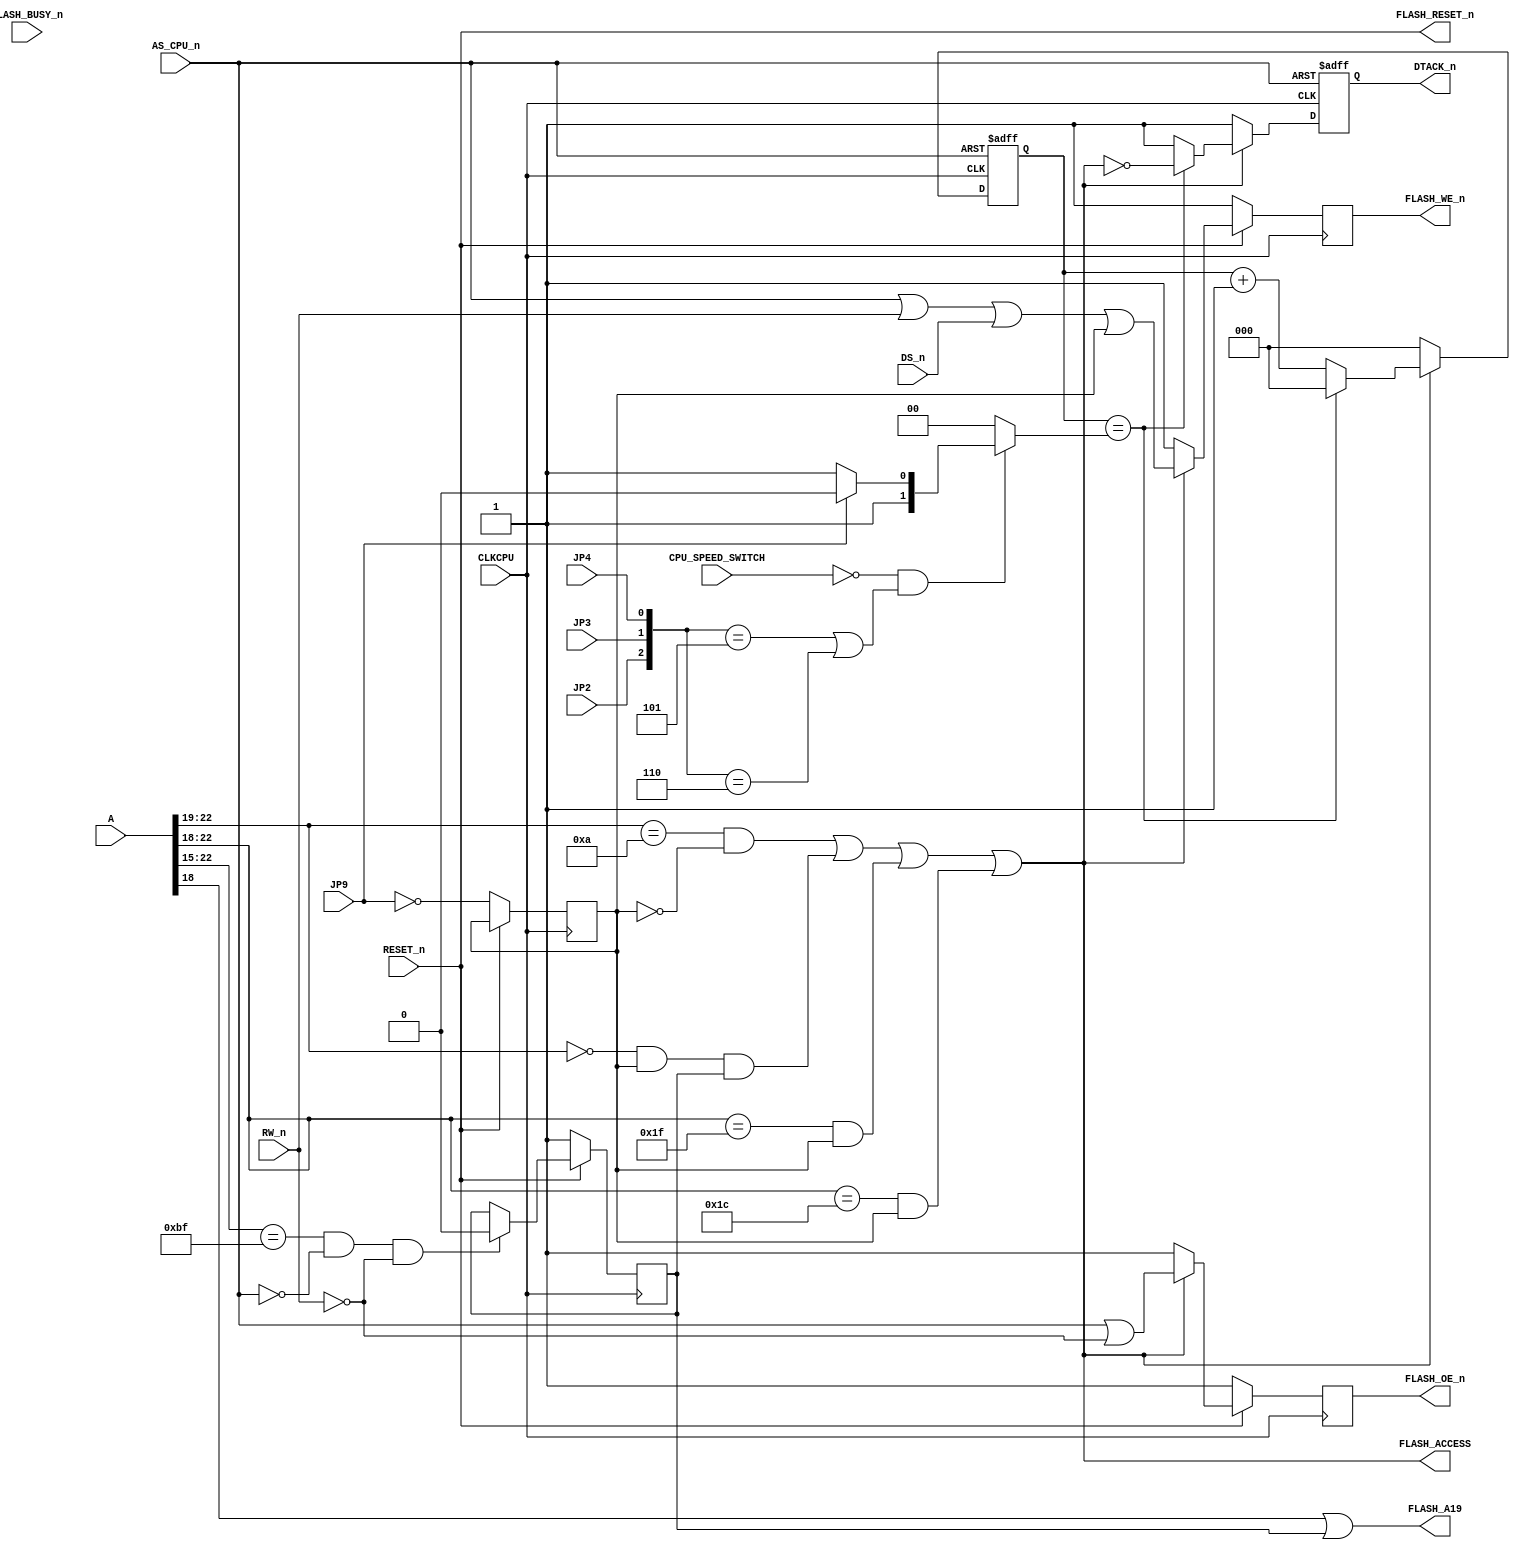
module flash (
    input [23:1] A,
    input AS_CPU_n,
    input CLKCPU,
    input RESET_n,
    input DS_n,
    input RW_n,
    input JP2,
    input JP3,
    input JP4,
    input JP9,
    input CPU_SPEED_SWITCH,
    input FLASH_BUSY_n,
    output FLASH_ACCESS,
    output FLASH_A19,
    output FLASH_RESET_n,
    output reg FLASH_WE_n = 1'b1,
    output reg FLASH_OE_n = 1'b1,
    output reg DTACK_n = 1'b1
);

reg OVL;
reg maprom_enabled;
reg [2:0] counter;

wire [2:0] clksel = {JP2, JP3, JP4};
wire [2:0] delay_cnt = !CPU_SPEED_SWITCH && (clksel == 3'b101 || clksel == 3'b110) ? (JP9 ? 3'd2 : 3'd3) : 3'd0;

assign FLASH_A19 = A[19] || OVL; // Force bank 1 for early boot overlay.
assign FLASH_RESET_n = RESET_n;

assign FLASH_ACCESS = A[23:20] == 4'hA     && !maprom_enabled               || // $A00000-AFFFFF
                      A[23:20] == 4'b0     &&  maprom_enabled && OVL        || // $000000-0FFFFF - Early boot overlay
                      A[23:19] == 5'b11111 &&  maprom_enabled               || // $F80000-FFFFFF
                      A[23:19] == 5'b11100 &&  maprom_enabled;                 // $E00000-E7FFFF

always @(posedge CLKCPU or posedge AS_CPU_n) begin

    if (AS_CPU_n) begin
        DTACK_n <= 1'b1;
        counter <= 'd0;
    end else begin

        if (FLASH_ACCESS) begin
            if (counter == delay_cnt) begin
                DTACK_n <= !FLASH_ACCESS;
                counter <= 'd0;
            end else begin
                DTACK_n <= 1'b1;
                counter <= counter + 1'b1;
            end
        end else begin
            DTACK_n <= 1'b1;
            counter <= 'd0;
        end

    end
end

always @(posedge CLKCPU) begin

    if (!RESET_n) begin

        FLASH_OE_n     <= 1;
        FLASH_WE_n     <= 1;
        OVL            <= 1;
        maprom_enabled <= ~JP9; // Enable flash overlay at next boot

    end else begin

        if (A[23:16] == 8'hBF && !AS_CPU_n && !RW_n) begin
            OVL <= 0; // Disable rom overlay after CIA write
        end

        if (FLASH_ACCESS) begin
            FLASH_OE_n <= AS_CPU_n || !RW_n;
            FLASH_WE_n <= AS_CPU_n || RW_n || DS_n || maprom_enabled;
        end else begin
            FLASH_OE_n <= 1;
            FLASH_WE_n <= 1;
        end

    end
end

endmodule